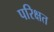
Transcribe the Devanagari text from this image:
परिक्षत